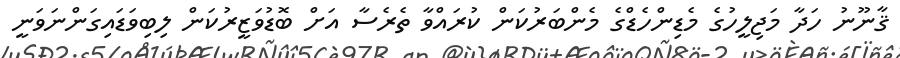
ޤާނޫނު ހަދާ މަޖިލީހުގެ މެޑިންހެޑްގެ މެންބަރުކަން ކުރައްވާ ތެރެސާ އަށް ބޮޑުވަޒީރުކަން ލިބިވަޑައިގަންނަވަނީ